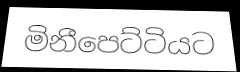
මිනීපෙට්ටියට